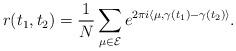
LaTeX: \begin{align*}r(t_1,t_2)=\frac{1}{N}\sum_{\mu\in\mathcal{E}} e^{2\pi i\langle\mu,\gamma(t_1)-\gamma(t_2)\rangle}.\end{align*}